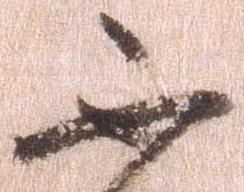
不